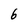
Character: 6